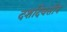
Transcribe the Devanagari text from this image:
दशदिवसीय